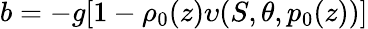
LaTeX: b=-g[1-\rho_{0}(z)\upsilon(S,\theta,p_{0}(z))]